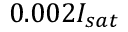
0 . 0 0 2 I _ { s a t }